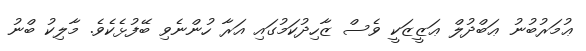
ޢުމަރުބުނު ޢަބްދުލް ޢަޒީޒަކީ ވެސް ޒާހިދުކަމުގައި އަރާ ހުންނެވި ބޭފުޅެކެވެ. މާލިކު ބްނު